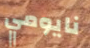
نايومي